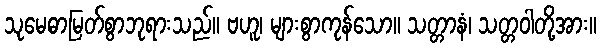
သုမေဓာမြတ်စွာဘုရားသည်။ ဗဟူ၊ များစွာကုန်သော။ သတ္တာနံ၊ သတ္တဝါတို့အား။